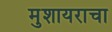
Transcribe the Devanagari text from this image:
मुशायराचा